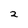
Character: 2